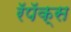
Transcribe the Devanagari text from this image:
रॅपॅक्स